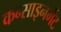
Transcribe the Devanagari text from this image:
कन्साइनमेंट